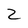
Character: z